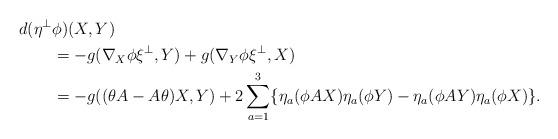
LaTeX: \begin{align*} d(\eta^\perp & \phi) (X,Y) \\&=-g(\nabla_X\phi\xi^\perp,Y)+g(\nabla_Y\phi\xi^\perp,X) \\&=-g((\theta A-A\theta)X,Y)+2\sum^3_{a=1}\{\eta_a(\phi AX)\eta_a(\phi Y)-\eta_a(\phi AY)\eta_a(\phi X)\}.\end{align*}